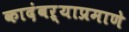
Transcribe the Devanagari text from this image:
कादंबऱ्याप्रमाणे